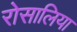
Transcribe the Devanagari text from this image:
रोसालिया